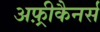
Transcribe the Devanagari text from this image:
अफ़्रीकैनर्स